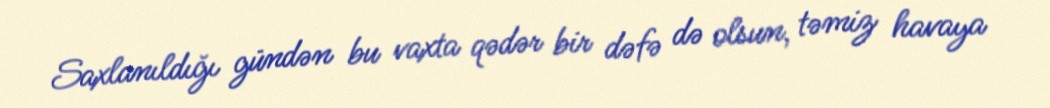
Saxlanıldığı gündən bu vaxta qədər bir dəfə də olsun, təmiz havaya